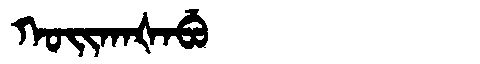
Manchu: ᡴᠣᡳᡴᠠᡧᠠᠪᡠ
Romanization: KOIKAŠABU